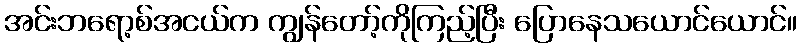
အင်းဘရော့စ်အငယ်က ကျွန်တော့်ကိုကြည့်ပြီး ပြောနေသယောင်ယောင်။